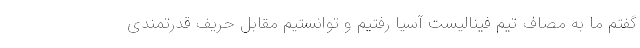
گفتم ما به مصاف تیم فینالیست آسیا رفتیم و توانستیم مقابل حریف قدرتمندی